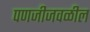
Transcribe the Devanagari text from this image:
पणजीजवळील